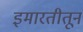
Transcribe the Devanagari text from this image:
इमारतीतून